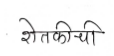
मजकूर: शेतकीची